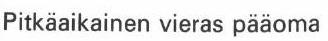
Pitkäaikainen vieras pääoma